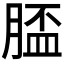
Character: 𦞑